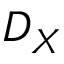
D _ { X }